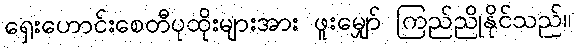
ရှေးဟောင်းစေတီပုထိုးများအား ဖူးမျှော် ကြည်ညိုနိုင်သည်။